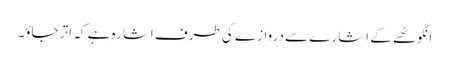
انگوٹھے کے اشارے سے دروازے کی طرف اشارہ ہے کہ اتر جاؤ۔